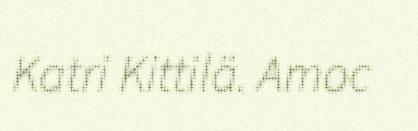
Katri Kittilä. Amoc